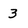
Character: 3